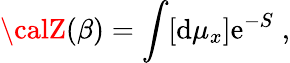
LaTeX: {\calZ}(\beta)=\int[\mathrm{d}\mu_{x}]\mathrm{e}^{-S}\; ,